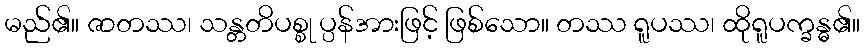
မည်၏။ ဇာတဿ၊ သန္တတိပစ္စု ပ္ပန်အားဖြင့် ဖြစ်သော။ တဿ ရူပဿ၊ ထိုရူပက္ခန္ဓ၏။